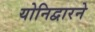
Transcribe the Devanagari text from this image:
योनिद्वारने